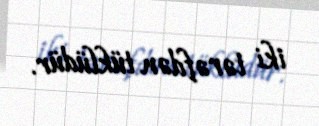
iki tərəfdən tüklüdür.